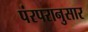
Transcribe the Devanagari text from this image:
पंरपरानुसार